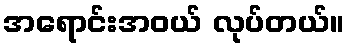
အရောင်းအဝယ် လုပ်တယ်။